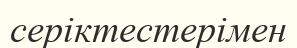
серіктестерімен